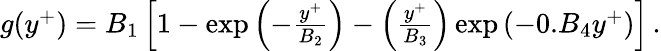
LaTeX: \begin{array}{r}{g(y^{+})=B_{1}\left[1-\exp\left(-\frac{y^{+}}{B_{2}}\right)-\left(\frac{y^{+}}{B_{3}}\right)\exp\left(-0.B_{4}y^{+}\right)\right]\, .}\end{array}